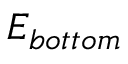
E _ { b o t t o m }